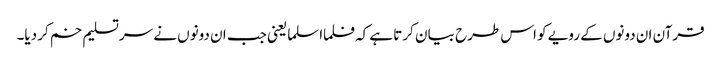
قرآن ان دونوں کے رویے کو اس طرح بیا ن کرتا ہے کہ فلما اسلما یعنی جب ان دونوں نے سرتسلیم خم کر دیا۔